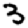
Digit: 3